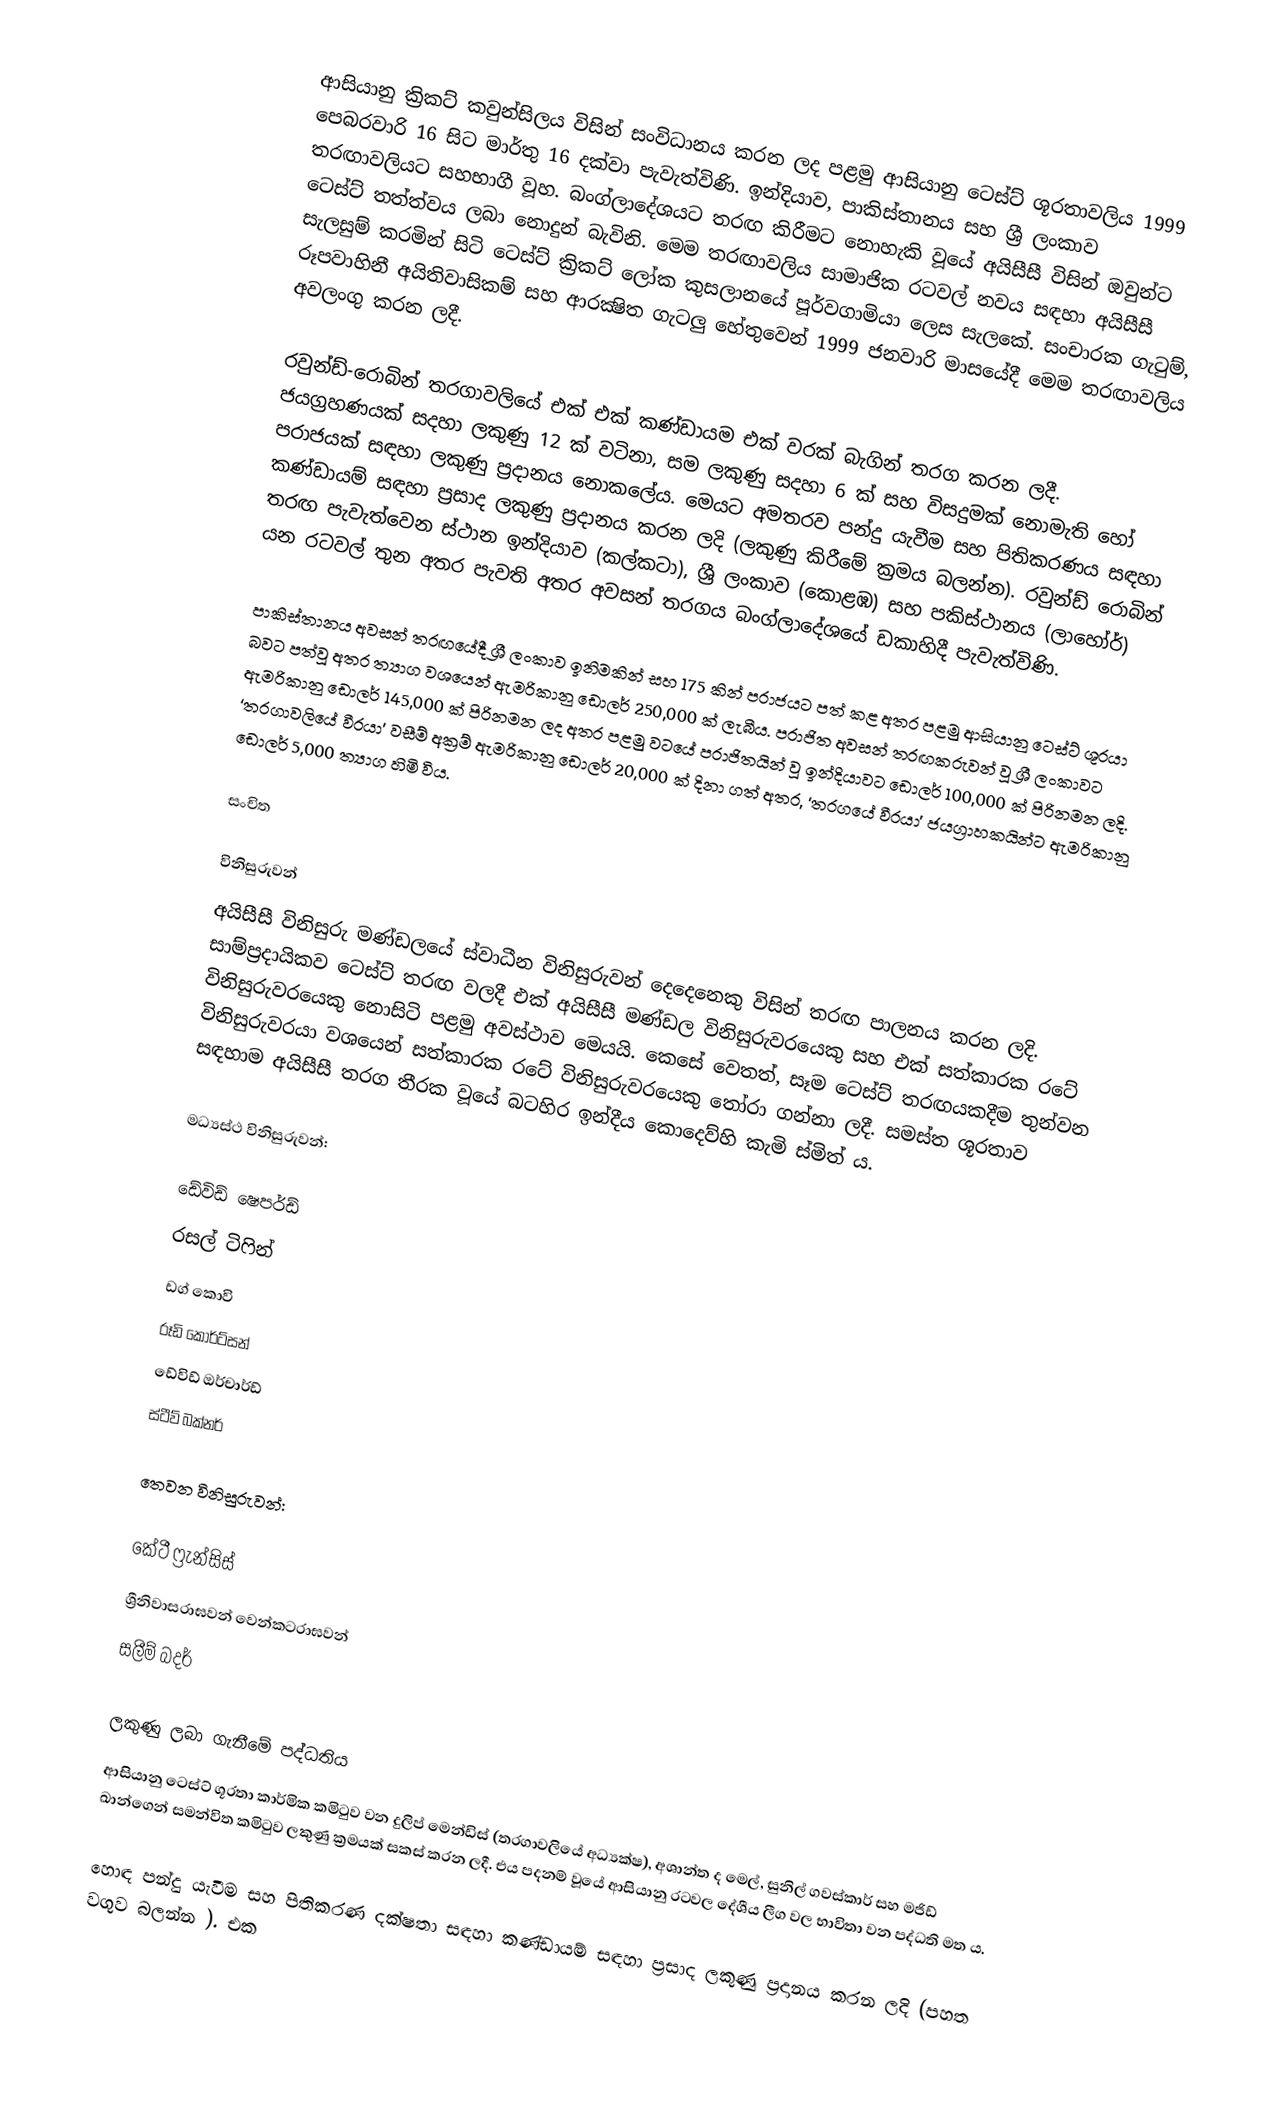
ආසියානු ක්‍රිකට් කවුන්සිලය විසින් සංවිධානය කරන ලද පළමු ආසියානු ටෙස්ට් ශූරතාවලිය 1999 පෙබරවාරි 16 සිට මාර්තු 16 දක්වා පැවැත්විණි.  ඉන්දියාව, පාකිස්තානය සහ ශ්‍රී ලංකාව තරඟාවලියට සහභාගී වූහ. බංග්ලාදේශයට තරඟ කිරීමට නොහැකි වූයේ අයිසීසී විසින් ඔවුන්ට ටෙස්ට් තත්ත්වය ලබා නොදුන් බැවිනි. මෙම තරඟාවලිය සාමාජික රටවල් නවය සඳහා අයිසීසී සැලසුම් කරමින් සිටි ටෙස්ට් ක්‍රිකට් ලෝක කුසලානයේ පූර්වගාමියා ලෙස සැලකේ.  සංචාරක ගැටුම්, රූපවාහිනී අයිතිවාසිකම් සහ ආරක්‍ෂිත ගැටලු හේතුවෙන් 1999 ජනවාරි මාසයේදී මෙම තරඟාවලිය අවලංගු කරන ලදී.

රවුන්ඩ්-රොබින් තරගාවලියේ එක් එක් කණ්ඩායම එක් වරක් බැගින් තරග කරන ලදී. ජයග්‍රහණයක් සදහා ලකුණු 12 ක් වටිනා, සම ලකුණු සදහා 6 ක් සහ විසදුමක් නොමැති හෝ පරාජයක් සඳහා ලකුණු ප්‍රදානය නොකලේය. මෙයට අමතරව පන්දු යැවීම සහ පිතිකරණය සඳහා කණ්ඩායම් සඳහා ප්‍රසාද ලකුණු ප්‍රදානය කරන ලදි (ලකුණු කිරීමේ ක්‍රමය බලන්න). රවුන්ඩ් රොබින් තරඟ පැවැත්වෙන ස්ථාන ඉන්දියාව (කල්කටා), ශ්‍රී ලංකාව (කොළඹ) සහ පකිස්ථානය (ලාහෝර්) යන රටවල් තුන අතර පැවති අතර අවසන් තරගය බංග්ලාදේශයේ ඩකාහිදී පැවැත්විණි.

පාකිස්තානය අවසන් තරඟයේදී ශ්‍රී ලංකාව ඉනිමකින් සහ 175 කින් පරාජයට පත් කළ අතර පළමු ආසියානු ටෙස්ට් ශූරයා බවට පත්වූ අතර ත්‍යාග වශයෙන් ඇමරිකානු ඩොලර් 250,000 ක් ලැබීය. පරාජිත අවසන් තරඟකරුවන් වූ ශ්‍රී ලංකාවට ඇමරිකානු ඩොලර් 145,000 ක් පිරිනමන ලද අතර පළමු වටයේ පරාජිතයින් වූ ඉන්දියාවට ඩොලර් 100,000 ක් පිරිනමන ලදි.  ‘තරගාවලියේ වීරයා’ වසීම් අක්‍රම් ඇමරිකානු ඩොලර් 20,000 ක් දිනා ගත් අතර, ‘තරගයේ වීරයා’ ජයග්‍රාහකයින්ට ඇමරිකානු ඩොලර් 5,000 ත්‍යාග හිමි විය.

සංචිත

විනිසුරුවන්
අයිසීසී විනිසුරු මණ්ඩලයේ ස්වාධීන විනිසුරුවන් දෙදෙනෙකු විසින් තරඟ පාලනය කරන ලදි. සාම්ප්‍රදායිකව ටෙස්ට් තරඟ වලදී එක් අයිසීසී මණ්ඩල විනිසුරුවරයෙකු සහ එක් සත්කාරක රටේ විනිසුරුවරයෙකු නොසිටි පළමු අවස්ථාව මෙයයි. කෙසේ වෙතත්, සෑම ටෙස්ට් තරඟයකදීම තුන්වන විනිසුරුවරයා වශයෙන් සත්කාරක රටේ විනිසුරුවරයෙකු තෝරා ගන්නා ලදී. සමස්ත ශූරතාව සඳහාම අයිසීසී තරග තීරක වූයේ බටහිර ඉන්දීය කොදෙව්හි කැමි ස්මිත් ය.

මධ්‍යස්ථ විනිසුරුවන්:

  ඩේවිඩ් ෂෙපර්ඩ්
  රසල් ටිෆින්
  ඩග් කොවි
  රූඩි කොර්ට්සන්
  ඩේවිඩ් ඔර්චාර්ඩ්
  ස්ටීව් බක්නර්

තෙවන විනිසුරුවන්:

  කේටී ෆ්‍රැන්සිස්
  ශ්‍රීනිවාසරාඝවන් වෙන්කටරාඝවන්
  සලීම් බදර්

ලකුණු ලබා ගැනීමේ පද්ධතිය
ආසියානු ටෙස්ට් ශූරතා කාර්මික කමිටුව වන දුලිප් මෙන්ඩිස් (තරගාවලියේ අධ්‍යක්ෂ), අශාන්ත ද මෙල්, සුනිල් ගවස්කාර් සහ මජිඩ් ඛාන්ගෙන් සමන්විත කමිටුව ලකුණු ක්‍රමයක් සකස් කරන ලදී.  එය පදනම් වූයේ ආසියානු රටවල දේශීය ලීග වල භාවිතා වන පද්ධති මත ය.

හොඳ පන්දු යැවීම සහ පිතිකරණ දක්ෂතා සඳහා කණ්ඩායම් සඳහා ප්‍රසාද ලකුණු ප්‍රදානය කරන ලදි (පහත වගුව බලන්න ). එක